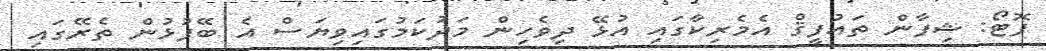
ފޮޓޯ: ޝިފާން ތައުފީޤް އެމެރިކާގައި އުޅޭ ދިވެހިން މަދުކަމުގައިވިޔަސް އެ ބޭފުޅުން ތެރޭގައި